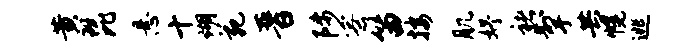
黄琵悬十瑚苑晋陟寮笛按肌妤褚掣共幌逃